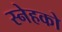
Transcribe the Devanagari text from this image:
स्नेहको